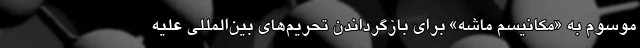
موسوم به «مکانیسم ماشه» برای بازگرداندن تحریم‌های بین‌المللی علیه